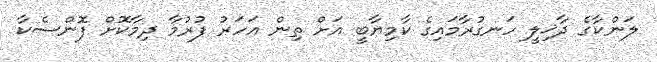
ލަންކާގެ ދާޚިލީ ހަނގުރާމައިގެ ކާމިޔާބީ އަށް ތިން އަހަރު ފުރުމާ ދިމާކޮށް ފޮންސެކާ